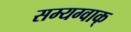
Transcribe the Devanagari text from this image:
सम्यग्वाक्